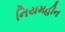
નિયમહીન